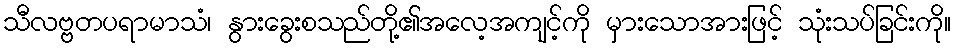
သီလဗ္ဗတပရာမာသံ၊ နွားခွေးစသည်တို့၏အလေ့အကျင့်ကို မှားသောအားဖြင့် သုံးသပ်ခြင်းကို။